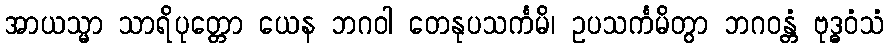
အာယသ္မာ သာရိပုတ္တော ယေန ဘဂဝါ တေနုပသင်္ကမိ၊ ဥပသင်္ကမိတွာ ဘဂဝန္တံ ဗုဒ္ဓဝံသံ